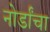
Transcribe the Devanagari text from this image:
नोर्डांचा